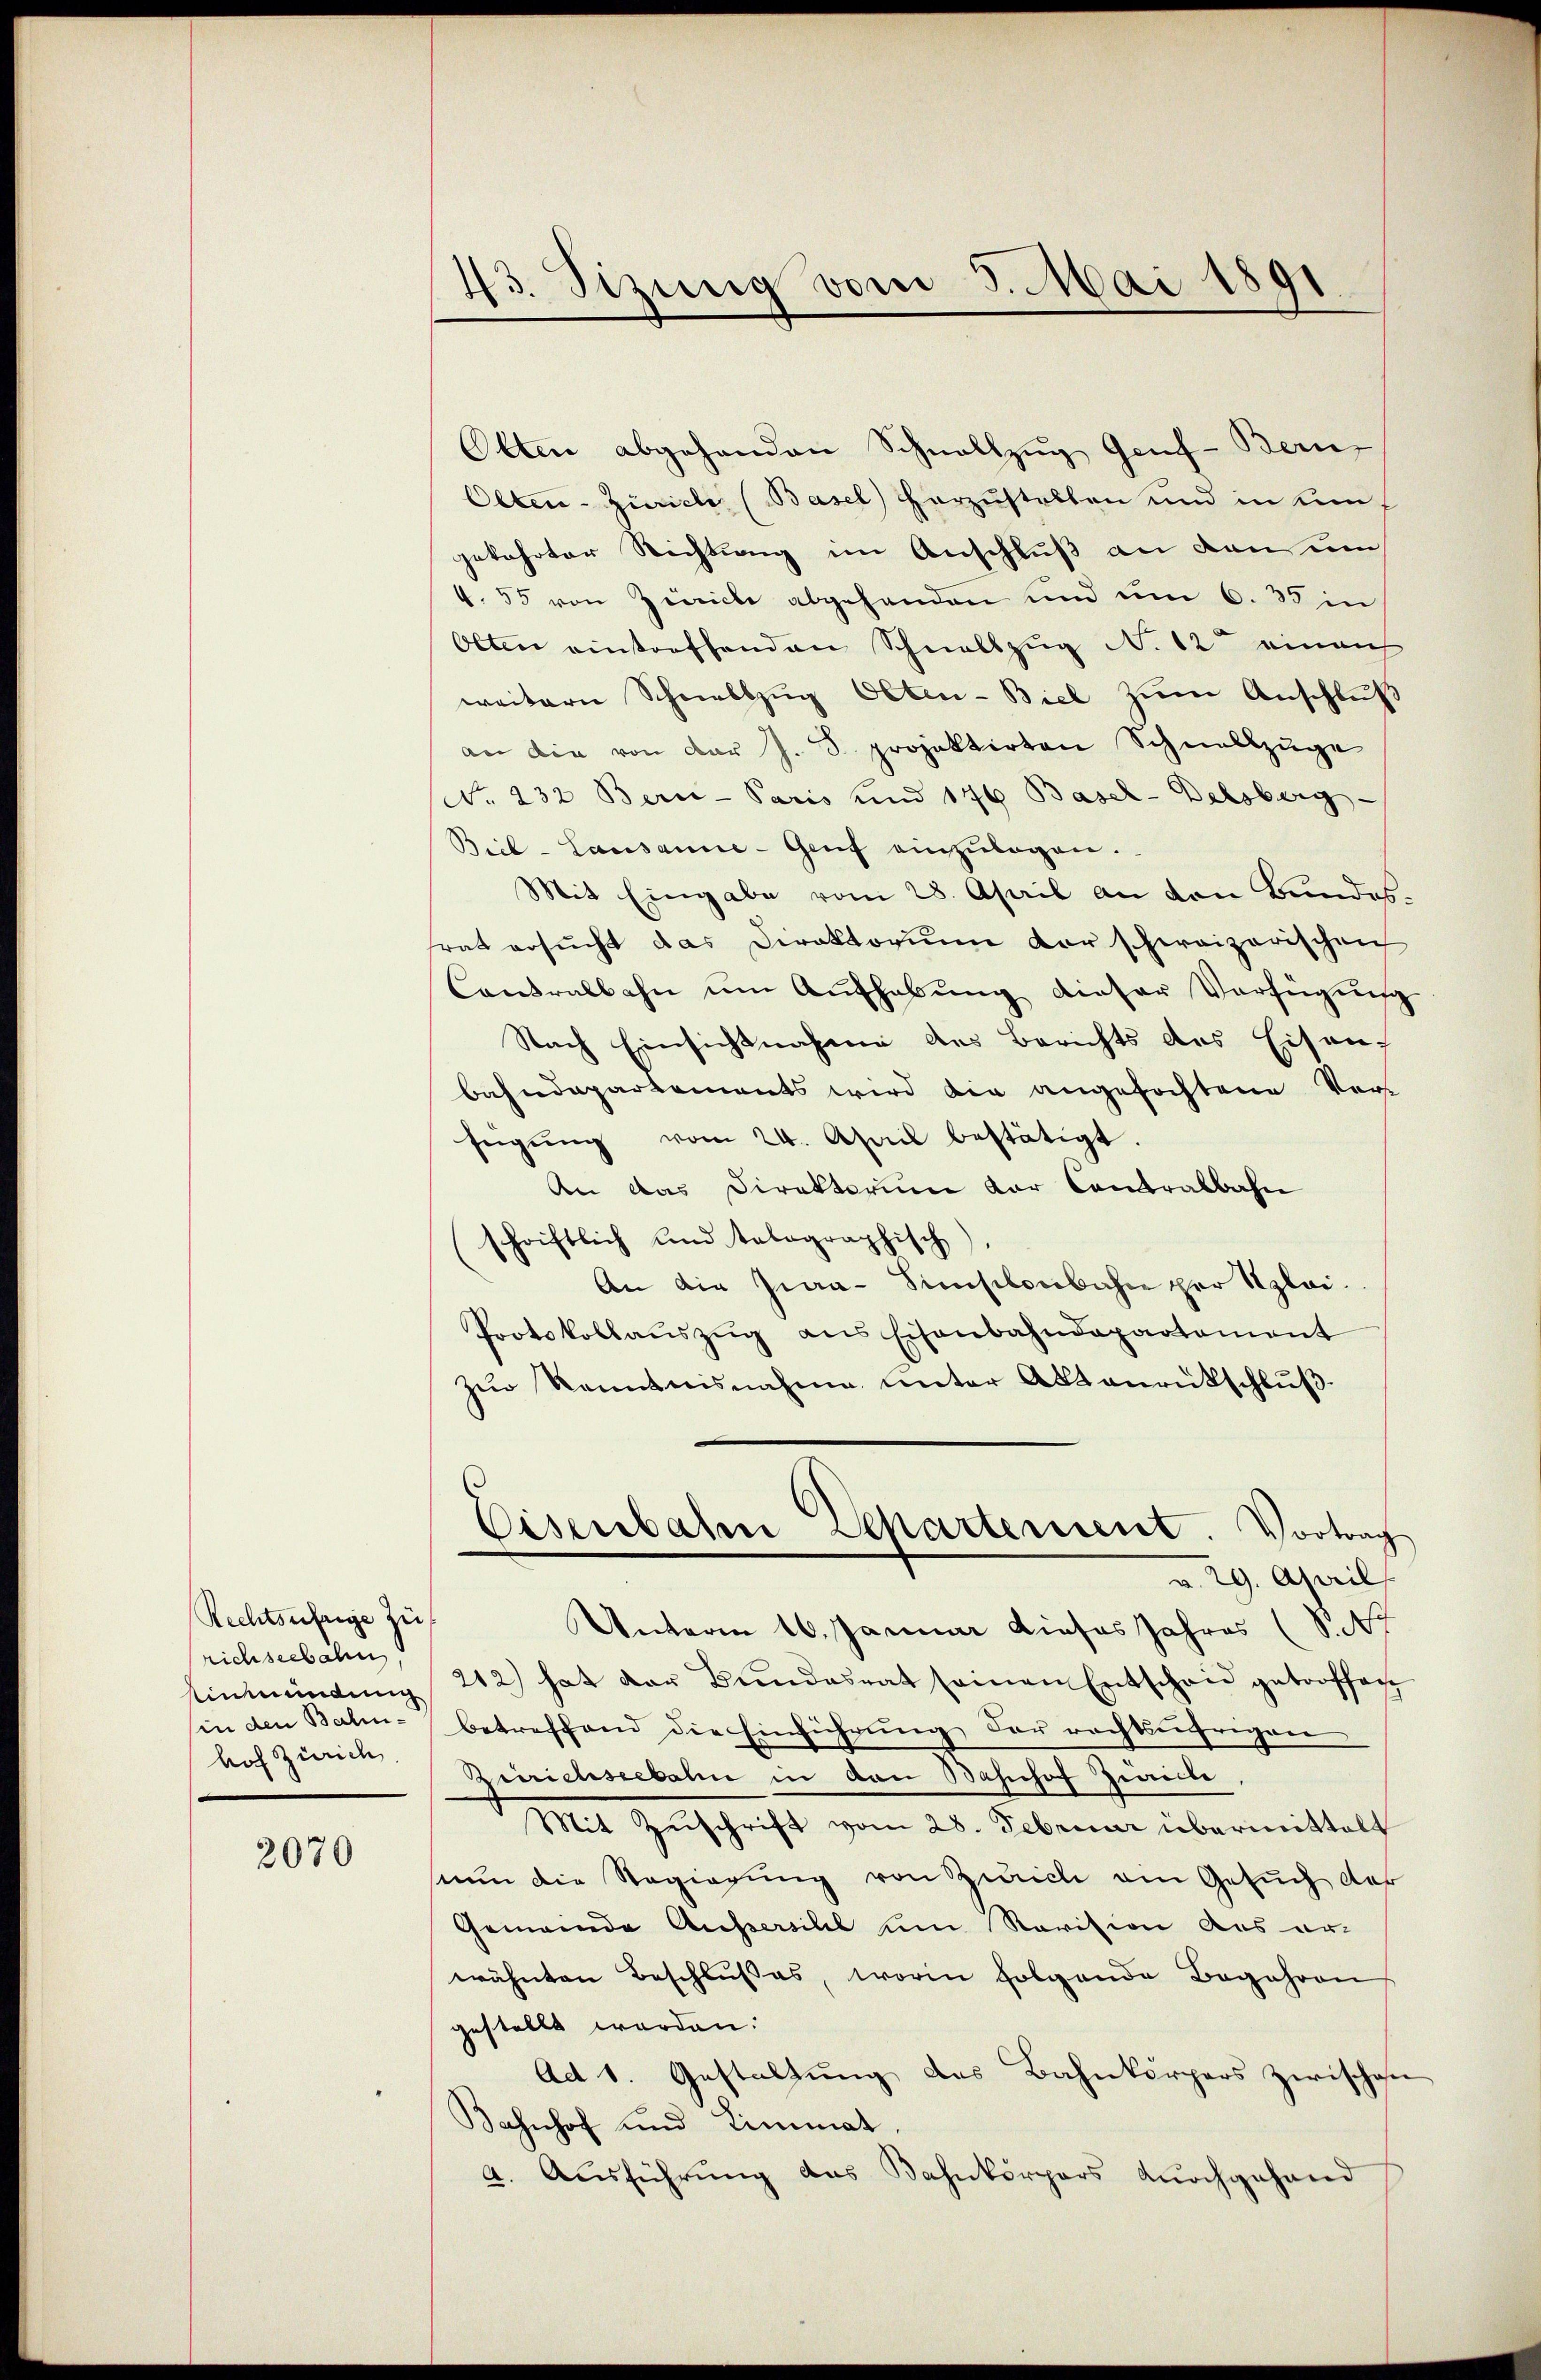
Rechtsufrige zu
richseebahn
in den Bahnhof Zürich

2070

43. Sizung vom 3. Mai 1891.

Olten abgehanden Schnellzug Genf - Bern
Olten-Zürich, (Basel herzustellen und in Konf
gekehrter Richtung im Anschluß an den um
4. 55 von Zürich abgehanden und um 6. 35 in
Olten eintreffenden Schnellzug N. 12 einau
weitern Schnellzŭg Olten-Biel zum Anschluß
an die von der J. S. projektirten Schnellzŭge
No. 232. Bern-Paris und 176 Basel-Delsberg
Biel-Lausanne-Genf einzŭlagen.
Mit Eingabe vom 28. April an den Bundessrat ersucht das Direktorium der schweizerischen
Contralbahn ŭm Aŭfhabŭng dieser Verfügŭng
Nach Einsichtnahme des Berichts des Eisen
bahndepartements wird die angefochtene Verfügŭng vom 24. April bestätigt.
An das Direktorium der Contralbahn
schriftlich und talographisch
An die Gia-Simsilonbahn per Klei¬
Protokollaŭszŭg ans Eisenbahndepartement
zŭr Kenntnisnahme unter Aktenrütschlŭβ
Eisenbahn Separtement. Vortrag
29. April
Unterm 16. Januar dieses Jahres (S. 47
Einmündung 212) hat der Bundesrat seinen Entschrie getroffent
betreffend die Einführung der rechtsäfrigen
Zürichseebahn in den Bahnhof Zieche,
Mit Zuschrift vom 28. Februar übermittelt
seum die Regierung von Zürich ein Gesuch der
Gemeinde Aussersihl um Revision aus erwähnten Beschlußes, worin folgende Begehren
gestellt worden.
Ad 1. Gestaltung des Bahnkörpers zwischen
Bahnhof und Limmat.
4. Ausführung das Bahnkörpers durchgehand